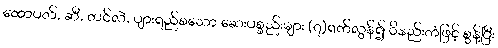
ထောပတ်, ဆီ, တင်လဲ, ပျားရည်စသော ဆေးပစ္စည်းများ (၇)ရက်လွန်၍ ဝိနည်းကံဖြင့် စွန့်ပြီး